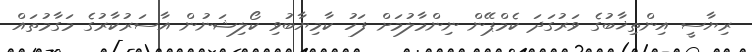
ރިޔާސީ އިންތިޚާބުގެ ވަރުގަދަ ކެމްޕޭން ނިންމާލުމަށް ފަހު ކާމިޔާބުވި ކޯލިޝަނުން އާސަރުކާރުގެ މަގާމުތައް